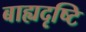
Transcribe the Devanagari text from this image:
बाह्यदृष्टि